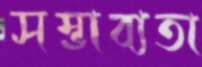
সম্ভাব্যতা